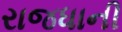
રાજધાની